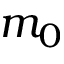
m _ { 0 }